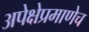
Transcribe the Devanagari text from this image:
अपेक्षेप्रमाणेच